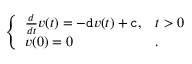
\begin{array} { r } { \left\{ \begin{array} { l l } { \frac { d } { d t } v ( t ) = - \mathtt { d } v ( t ) + \mathtt { c } , } & { t > 0 } \\ { v ( 0 ) = 0 } & { . } \end{array} \right. } \end{array}